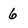
Character: 6